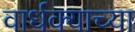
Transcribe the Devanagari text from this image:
वार्धक्याच्या